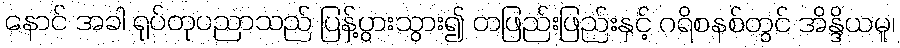
နောင် အခါ ရုပ်တုပညာသည် ပြန့်ပွားသွား၍ တဖြည်းဖြည်းနှင့် ဂရိစနစ်တွင် အိန္ဒိယမူ၊